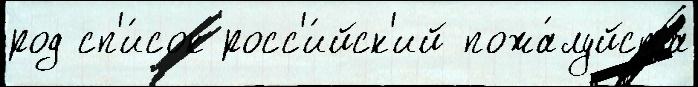
род сп'и́сок росс'и́йск'ий пожа́луйста